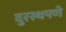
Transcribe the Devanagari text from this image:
दुरस्थपणे